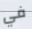
في